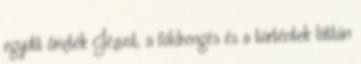
együtt őrizték Jézust, a földrengés és a történtek láttán